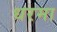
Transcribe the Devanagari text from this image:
धरमा